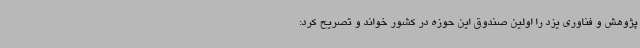
پژوهش و فناوری یزد را اولین صندوق این حوزه در کشور خواند و تصریح کرد: